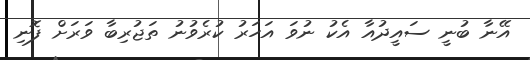
އޭނާ ބުނީ ސައީދުއާ އެކު ނުވަ އަހަރު ކުރެވުނު ތަޖުރިބާ ވަރަށް ފޮނި